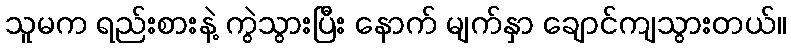
သူမက ရည်းစားနဲ့ ကွဲသွားပြီး နောက် မျက်နှာ ချောင်ကျသွားတယ်။